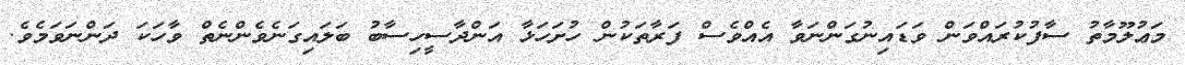
މަޢުލޫމާތު ސާފުކުރައްވަން ވަޑައިނުގަންނަވާ އެއްވެސް ފަރާތަކުން ހުށަހަޅާ އަންދާސީހިސާބު ބަލައިގަނެވެންނެތް ވާހަކަ ދަންނަވަމެވެ.